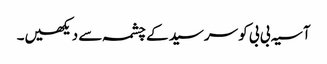
آسیہ بی بی کو سرسید کے چشمہ سے دیکھیں۔